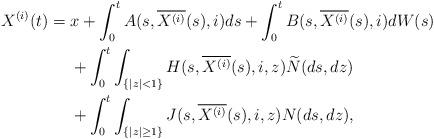
LaTeX: \begin{align*} X^{(i)}(t)&= x+\int_0^t A(s,\overline{X^{(i)}}(s),i)ds+\int_0^t B(s,\overline{X^{(i)}}(s),i)dW(s) \\ &\quad\ +\int_0^t \int_{\{|z|<1\}} H(s,\overline{X^{(i)}}(s),i,z)\widetilde{N}(ds,dz)\\&\quad\ +\int_0^t\int_{\{|z|\ge1\}} J(s,\overline{X^{(i)}}(s),i,z)N(ds,dz),\end{align*}